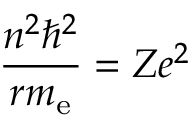
{ \frac { n ^ { 2 } \hbar ^ { 2 } } { r m _ { \mathrm { { e } } } } } = Z e ^ { 2 }